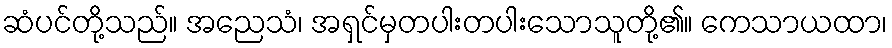
ဆံပင်တို့သည်။ အညေသံ၊ အရှင်မှတပါးတပါးသောသူတို့၏။ ကေသာယထာ၊